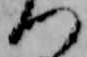
つ